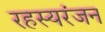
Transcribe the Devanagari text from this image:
रहस्यरंजन